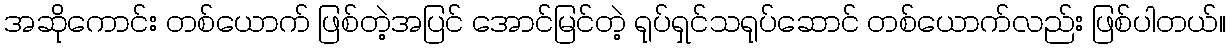
အဆိုကောင်း တစ်ယောက် ဖြစ်တဲ့အပြင် အောင်မြင်တဲ့ ရုပ်ရှင်သရုပ်ဆောင် တစ်ယောက်လည်း ဖြစ်ပါတယ်။